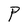
Character: P